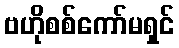
ဗဟိုစစ်ကော်မရှင်